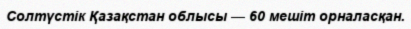
Солтүстік Қазақстан облысы — 60 мешіт орналасқан.